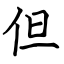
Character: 但